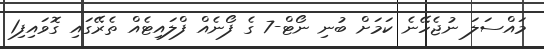
މައްސަލަ ނުޖެހޭނެ ކަމަށް ބުނި ނޯޓް-7 ގެ ފޯނެއް ފްލައިޓެއް ތެރޭގައި ގޮވައިފި1